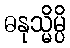
ဓနုသ္မိမ္ပိ